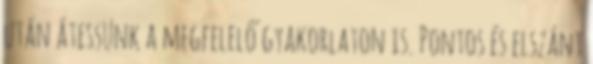
után átessünk a megfelelő gyakorlaton is. Pontos és elszánt